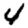
Digit: 4